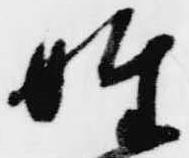
姓